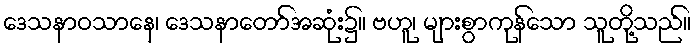
ဒေသနာဝသာနေ၊ ဒေသနာတော်အဆုံး၌။ ဗဟူ၊ များစွာကုန်သော သူတို့သည်။